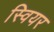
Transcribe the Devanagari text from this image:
स्वियर